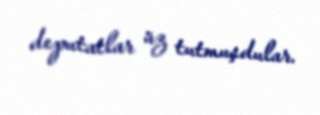
deputatlar üz tutmuşdular.